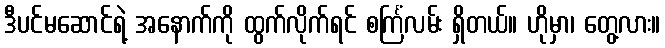
ဒီပင်မဆောင်ရဲ့ အနောက်ကို ထွက်လိုက်ရင် စင်္ကြံလမ်း ရှိတယ်။ ဟိုမှာ၊ တွေ့လား။